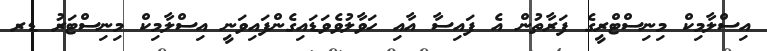
އިސްލާމިކް މިނިސްޓްރީގެ ފަރާތުން އެ ފައިސާ އާއި ހަވާލުވެވަޑައިގެންފައިވަނީ އިސްލާމިކް މިނިސްޓަރު ޑރ